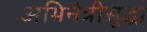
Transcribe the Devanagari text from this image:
अभिनेत्रीसुद्धा